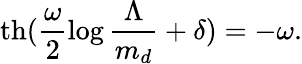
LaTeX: \mathrm{th}(\frac{\omega}{2}\log\frac{\Lambda}{m_{d}}+\delta)=-\omega.